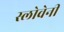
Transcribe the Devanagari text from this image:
स्लोवेनी